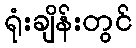
ရုံးချိန်းတွင်